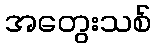
အတွေးသစ်